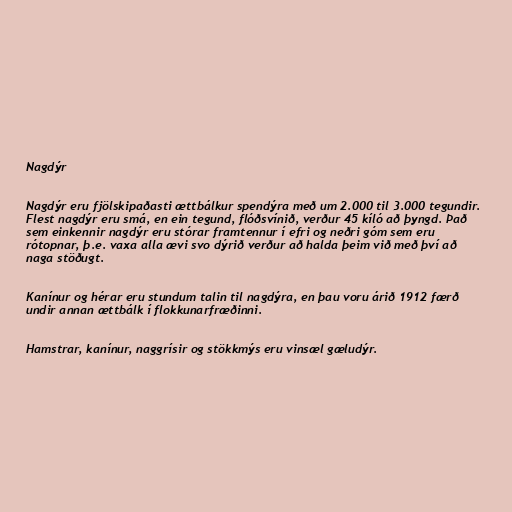
Nagdýr

Nagdýr eru fjölskipaðasti ættbálkur spendýra með um 2.000 til 3.000 tegundir.
Flest nagdýr eru smá, en ein tegund, flóðsvínið, verður 45 kíló að þyngd. Það
sem einkennir nagdýr eru stórar framtennur í efri og neðri góm sem eru
rótopnar, þ.e. vaxa alla ævi svo dýrið verður að halda þeim við með því að
naga stöðugt.

Kanínur og hérar eru stundum talin til nagdýra, en þau voru árið 1912 færð
undir annan ættbálk í flokkunarfræðinni.

Hamstrar, kanínur, naggrísir og stökkmýs eru vinsæl gæludýr.